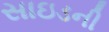
સાઇડની